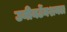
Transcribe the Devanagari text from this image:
उनीनटेंनशनल